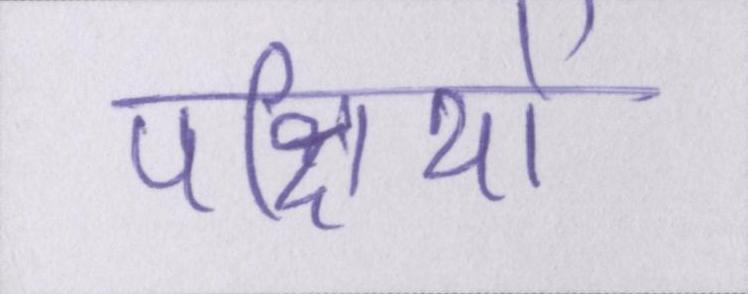
पक्षियों